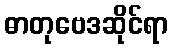
ဓာတုဗေဒဆိုင်ရာ